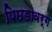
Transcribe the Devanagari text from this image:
पिछडावर्ग